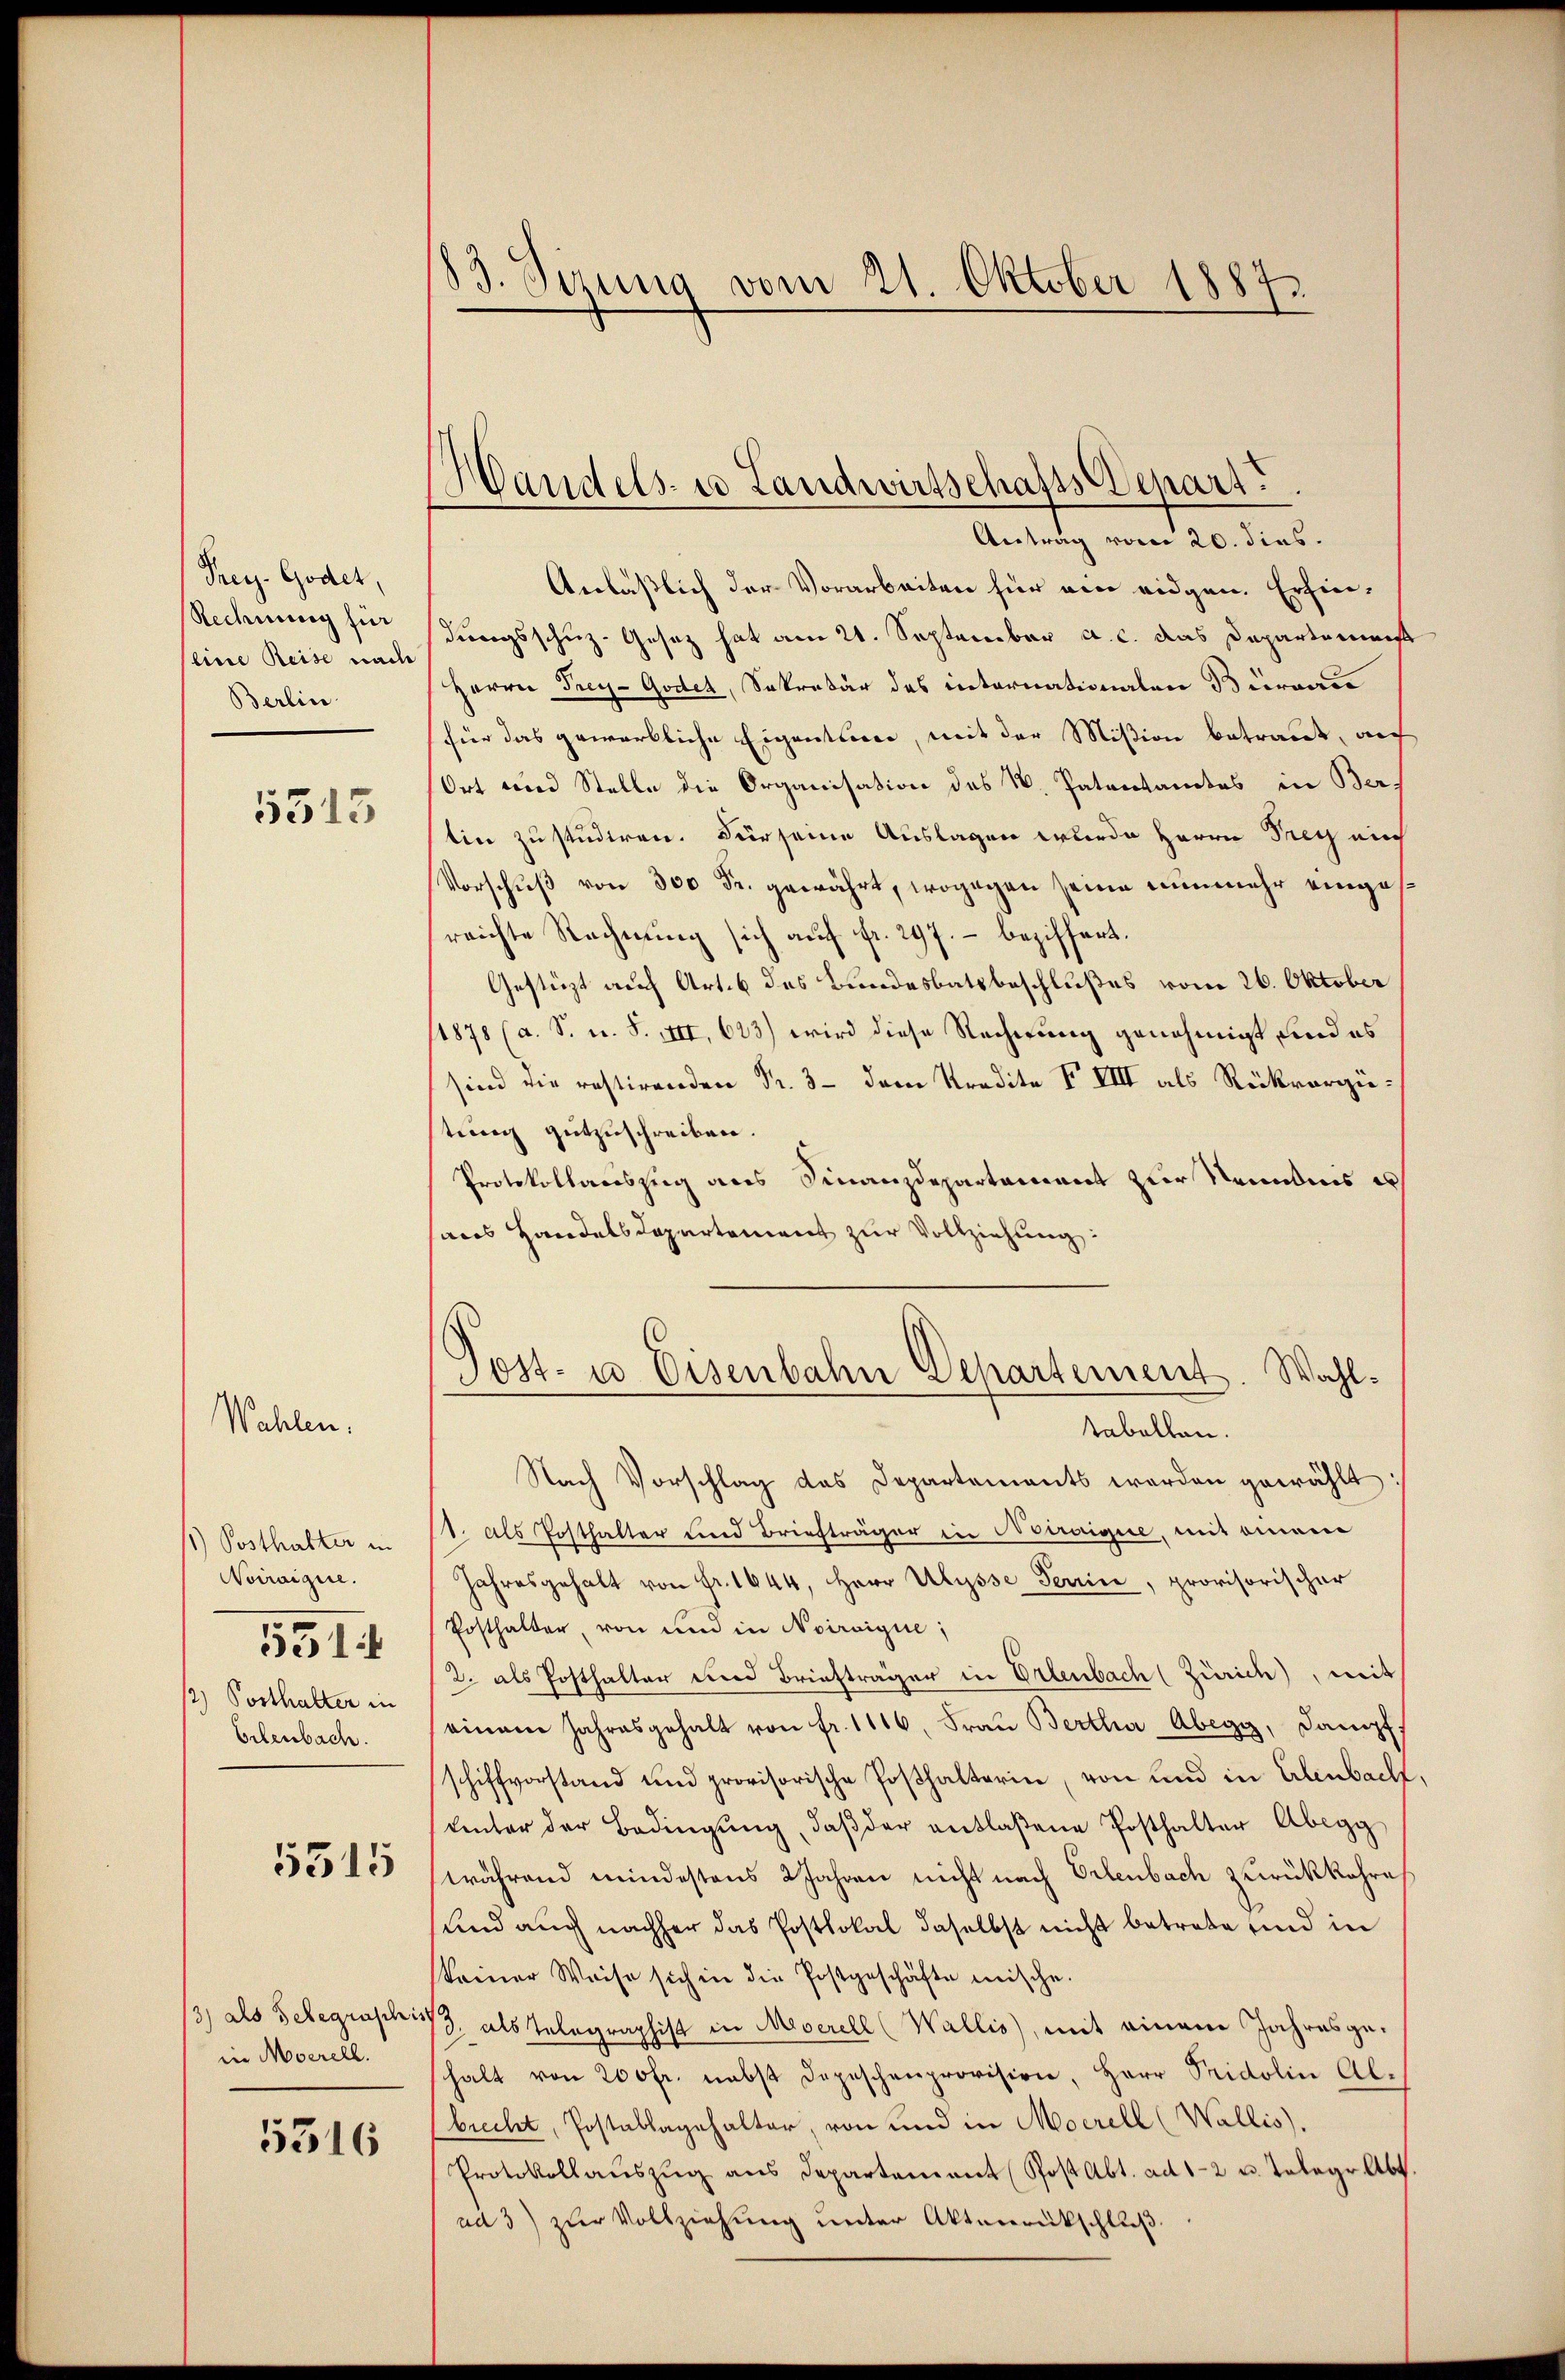
Frey-Godet,
Rechnung für
(eine Reise nach
Berlin

Wahlen.

5515

1) Posthalter in
Noiraigne.
/2) Posthalter in
Erlenbach.

531

5315

3) als Seegraschis
in Morell.

5316

83. Sizung vom 21. Oktober 1887.

1
Wandels- u Landwirtschafts Denart.

Antrag vom 20. dies.
Anläßlich der Vorarbeiten hier ain eidgen. Erfindungsschuz-Gesetz hat am 21. September a. c. das Departeme
Herrn Frey-Godet, Sekretär des internationalen Bureau
für das gewärtliche Eigentser, mit der Mißion betraut, auf
Ort und Stelle die Organisation des N. Patentamtes in Bertin zu studiren. Für seine Auslagen werde Herrn Prey nich
Vorschŭβ von 300 Fr. gewährt, wogegen seine nunmehr eingesreichte Rechnung sich auf fr. 297. - beziffert.
Gestüzt auch Art. 6 des Bundesbatsbeschlußes vom 26. Oktober
11878 (a. S. u. S. XII, 623) wird diese Rechnung genehmigt und es
sind die restirenden Fr. 3 dem Kredite V VIII als Rückvergütung gutzuschreiben.
Protokollauszug aus Finanzdepartement zur Neundnis es
aus Handelsdepartement zur Vollziehung:
tabellen.
Nach Vorschlag des Departements werden gewählt:
1. Als Posthalter und Briefträger in Noiraigie, mit einem
Jahresgehalt von Fr. 1644, Herr Ulysse Terrin, provisorischer
Posthalter, von und in Noirvigue;
2. als Posthalter und Briefträger in Erlenbach (Zürich), mit
einem Jahresgehalt von fr. 1116, Frau Bertha Abegg, Dampf
schiffvorstand und provisorische Posthalterin, von und in Erlenbacht,
ŭnter der Bedingŭng, daβ der entlaßene Posthalter Abegg
während mindestens 2 Jahren nicht nach Erlenbach zurückkehre
und auch nachher das Postlokal daselbst nicht betrete und in
keiner Weise sich in die Postgeschäfte mische.
/3. als Telegraphist in Meerell (Wallis, mit einem Jahresgehalt von 200fr. nebst Depeschenprovision, Herr Pridolin Al-
brecht, Postablagehalter, von und in Mocrell (Wallis).
Protokollaŭszŭg ans Departement Post Abt. ad 1-2 u. Telege Abt.
ad 3) zur Vollziehung unter Aktenrückschluß

Post- u Eisenbahn Dehartement. Wahl-